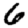
Digit: 6